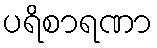
ပရိစာရဏာ